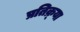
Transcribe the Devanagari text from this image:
प्रतिक्र्या